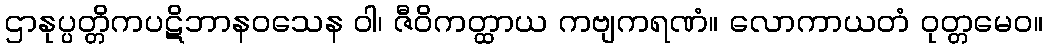
ဌာနုပ္ပတ္တိကပဋိဘာနဝသေန ဝါ၊ ဇီဝိကတ္ထာယ ကဗျကရဏံ။ လောကာယတံ ဝုတ္တမေဝ။